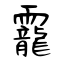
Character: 靇